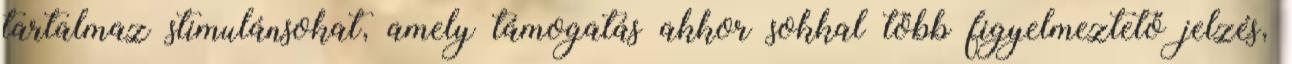
tartalmaz stimulánsokat, amely támogatás akkor sokkal több figyelmeztető jelzés,